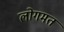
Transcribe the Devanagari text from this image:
लोगमत